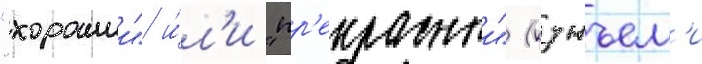
"хорошии" и́л'и "пр'екрасныи" (кунъем'и